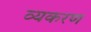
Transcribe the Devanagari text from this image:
व्यकरण